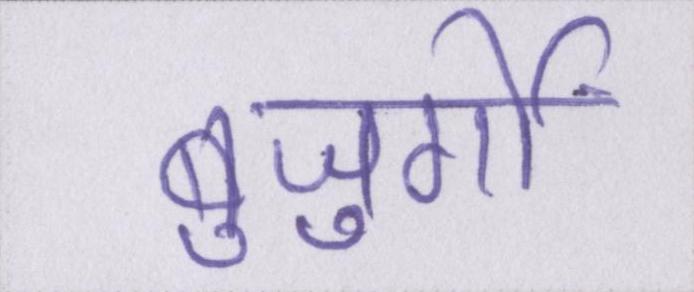
बुजुर्गों